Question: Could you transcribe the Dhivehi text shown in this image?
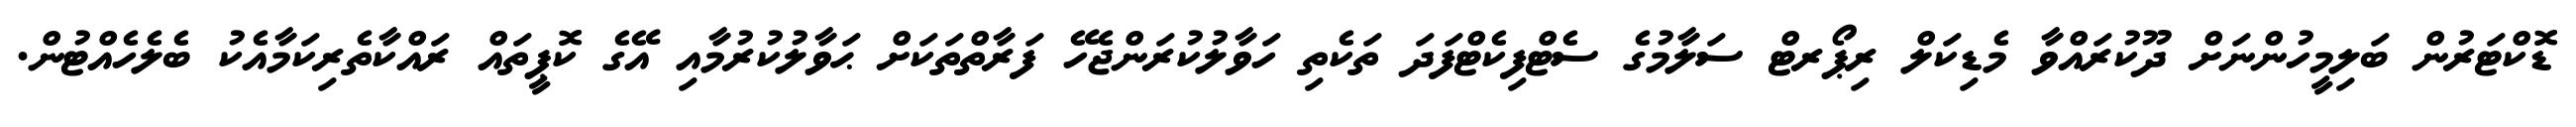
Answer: ޑޮކްޓަރުން ބަލިމީހުންނަށް ދޫކުރައްވާ މެޑިކަލް ރިޕޯރޓް ސަލާމުގެ ސެޓްފިކެޓްފަދަ ތަކެތި ހަވާލުކުރަންޖެހޭ ފަރާތްތަކަށް ޙަވާލުކުރުމާއި އޭގެ ކޮޕީތައް ރައްކާތެރިކަމާއެކު ބެލެހެއްޓުން.